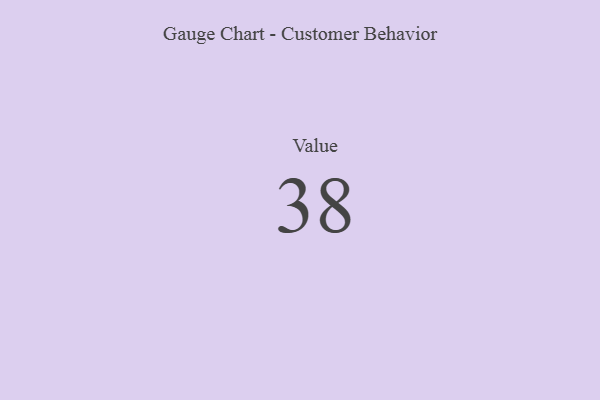
{"axis": {"x": "Metric", "y": "Value"}, "legend": [""], "data": [{"x": "Value", "y": 38, "type": ""}]}